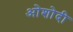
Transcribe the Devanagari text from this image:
ओशोदी